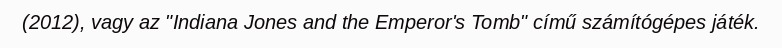
(2012), vagy az "Indiana Jones and the Emperor's Tomb" című számítógépes játék.